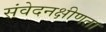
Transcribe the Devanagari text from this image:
संवेदनक्षीणता